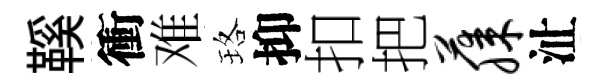
鞵衝难珞抑扣把藤沚